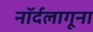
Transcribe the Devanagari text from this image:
नॉर्दलागूना